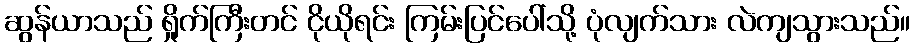
ဆွန်ယာသည် ရှိုက်ကြီးတင် ငိုယိုရင်း ကြမ်းပြင်ပေါ်သို့ ပုံလျက်သား လဲကျသွားသည်။